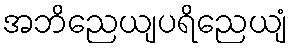
အဘိညေယျပရိညေယျံ